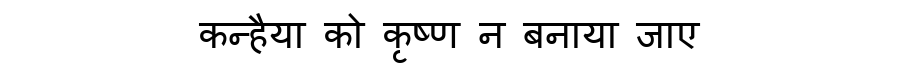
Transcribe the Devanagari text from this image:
कन्हैया को कृष्ण न बनाया जाए